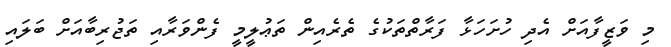
މި ވަޒީފާއަށް އެދި ހުށަހަޅާ ފަރާތްތަކުގެ ތެރެއިން ތަޢުލީމީ ފެންވަރާއި ތަޖުރިބާއަށް ބަލައި